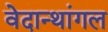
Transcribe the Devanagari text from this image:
वेदान्थांगल